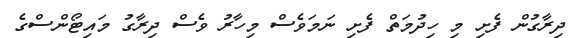
ދިރާގުން ފެށި މި ހިދުމަތް ފެށި ނަމަވެސް މިހާރު ވެސް ދިރާގު މައިޓޯންސްގެ